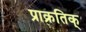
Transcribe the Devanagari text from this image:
प्राक्रतिक्